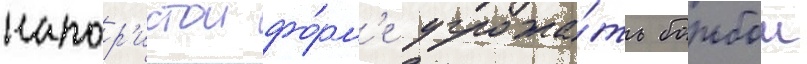
напор'истои фо́рм'е угрожа́ть борьбои